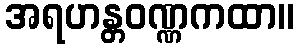
အရဟန္တဝဏ္ဏကထာ။